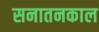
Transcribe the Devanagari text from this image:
सनातनकाल